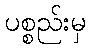
ပစ္စည်းမှ